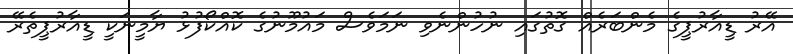
އޭރު ޑީއާރުޕީގެ މެންބަރެއް ގޮތުގައި ނުހުންނެވި ނަމަވެސް މައުމޫނުގެ ކޮއްކޯފުޅު ޔާމީނަކީ ޑީއާރުޕީތެރޭ